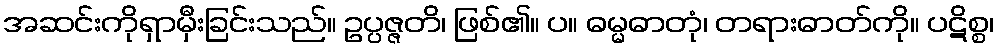
အဆင်းကိုရှာမှီးခြင်းသည်။ ဥပ္ပဇ္ဇတိ၊ ဖြစ်၏။ ပ။ ဓမ္မဓာတုံ၊ တရားဓာတ်ကို။ ပဋိစ္စ၊